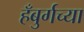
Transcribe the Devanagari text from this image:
हँबुर्गच्या